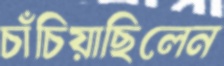
চাঁচিয়াছিলেন